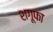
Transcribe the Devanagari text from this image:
शगूफा